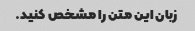
زبان این متن را مشخص کنید.